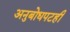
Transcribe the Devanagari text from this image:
अनुबोधपटही